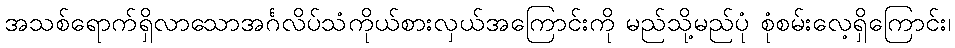
အသစ်ရောက်ရှိလာသောအင်္ဂလိပ်သံကိုယ်စားလှယ်အကြောင်းကို မည်သို့မည်ပုံ စုံစမ်းလေ့ရှိကြောင်း၊